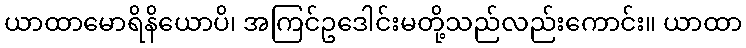
ယာထာမောရိနိယောပိ၊ အကြင်ဥဒေါင်းမတို့သည်လည်းကောင်း။ ယာထာ